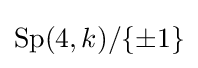
\operatorname {Sp} (4,k)/\{\pm 1\}